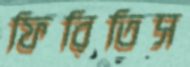
ফিরিতিস